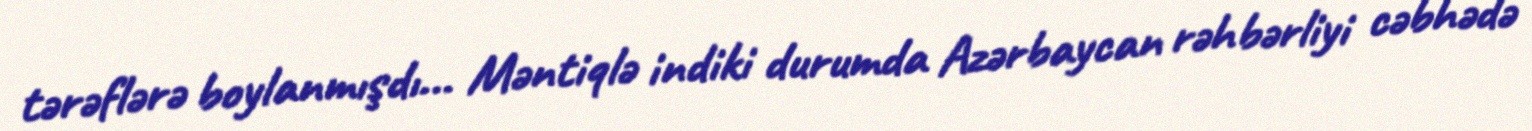
tərəflərə boylanmışdı... Məntiqlə indiki durumda Azərbaycan rəhbərliyi cəbhədə